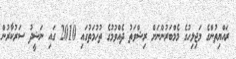
ރައްޔިތުންގެ މަޖިލިހުގެ މެމްބަރުންނަށް ރިޝްވަތު ދެއްވުމުގެ ތުހުމަތުގައި 2010 ގައި ނަޝީދު ސަރުކާރުން